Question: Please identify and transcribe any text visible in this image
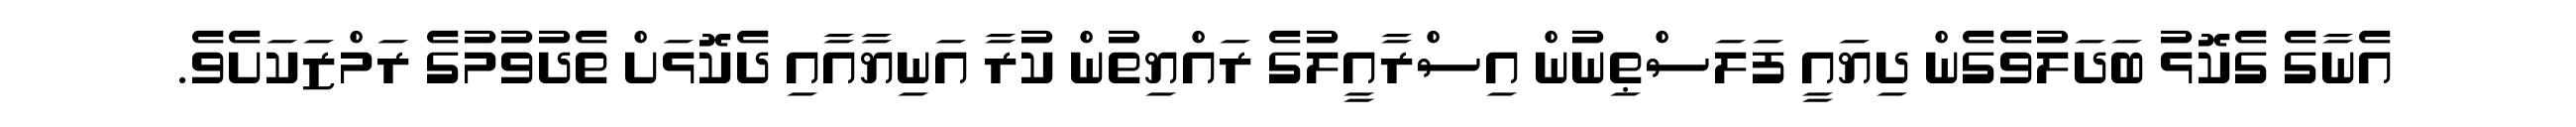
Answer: އެނާގެ ގެކޮޅު ބަދަލުވެގެން ދިޔައީ ފަލަސްޠިނުން އިސްރާއީލުގެ ރައްޔިތުން ކުރާ އަނިޔާއާއި ދެކޮޅަށް ތެދުވުމުގެ ރަމްޒަކަށެވެ.